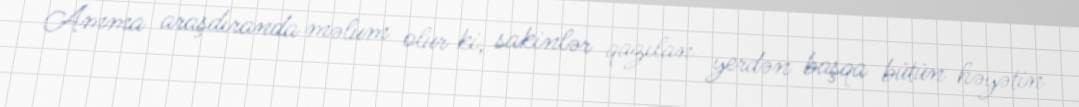
Amma araşdıranda məlum olur ki, sakinlər qazılan yerdən başqa bütün həyətin